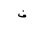
Letter: _fa